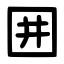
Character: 囲